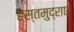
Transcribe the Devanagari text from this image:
हस्तमुद्राएं